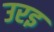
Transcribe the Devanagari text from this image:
उरइ